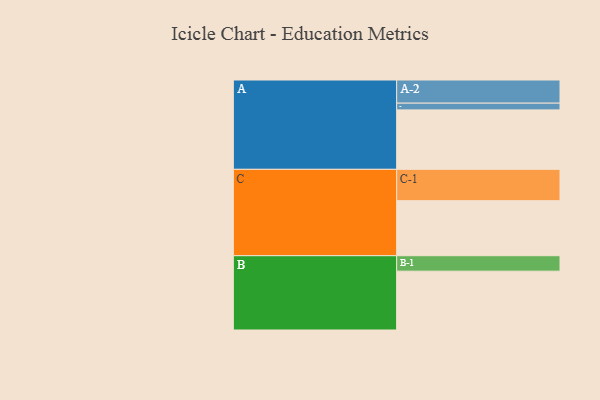
{"axis": {"x": "Segment", "y": "Value"}, "legend": ["", "A", "B", "C"], "data": [{"x": "A", "y": 565, "type": ""}, {"x": "B", "y": 559, "type": ""}, {"x": "C", "y": 523, "type": ""}, {"x": "A-1", "y": 64, "type": "A"}, {"x": "A-2", "y": 220, "type": "A"}, {"x": "B-1", "y": 147, "type": "B"}, {"x": "C-1", "y": 298, "type": "C"}]}